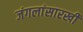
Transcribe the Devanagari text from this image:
जंगलांसारखी